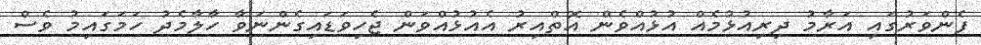
ފެންވަރުގައި އަރާމު ދިރިއުޅުމެއް އުޅުއްވެން އޮތްއިރު އެއުޅުއްވަން ޖެހިވަޑައިގެންނަވާ ހާލާމެދު ހަމަގައިމު ވެސް